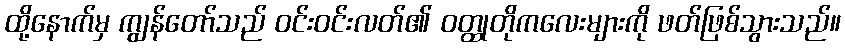
ထို့နောက်မှ ကျွန်တော်သည် ဝင်းဝင်းလတ်၏ ဝတ္ထုတိုကလေးများကို ဖတ်ဖြစ်သွားသည်။